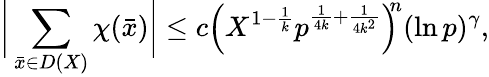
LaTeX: {\biggl|}\sum_{{\bar{x}}\in D(X)}\chi({\bar{x}}){\biggr|}\leq c{\Bigl(}X^{1-{\frac{1}{k}}}p^{{\frac{1}{4k}}+{\frac{1}{4k^{2}}}}{\Bigr)}^{\! \! n}(\ln p)^{\gamma},